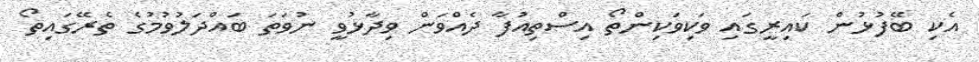
އެކި ބޭފުޅުން ކައިރީގައި ވަކިވަކިންތޯ އިސްތިއުފާ ދެއްވަން ވިދާޅުވީ ނުވަތަ ބައްދަލުވުމުގެ ތެރޭގައިތޯ